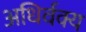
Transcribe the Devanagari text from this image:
अधिर्वक्य